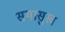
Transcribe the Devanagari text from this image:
समासुख